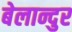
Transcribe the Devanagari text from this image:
बेलान्दुर